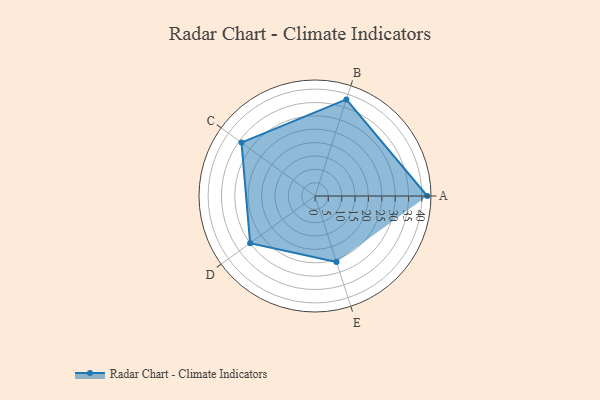
{"axis": {"x": "Skill", "y": "Score"}, "legend": ["Profile"], "data": [{"x": "A", "y": 42.0, "type": "Profile"}, {"x": "B", "y": 38.0, "type": "Profile"}, {"x": "C", "y": 34.0, "type": "Profile"}, {"x": "D", "y": 30.0, "type": "Profile"}, {"x": "E", "y": 26.0, "type": "Profile"}]}